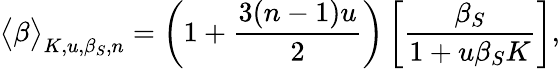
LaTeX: \big<\beta\big>_{K,u,\beta_{S},n}=\left(1+\frac{3(n-1)u}{2}\right)\left[\frac{\beta_{S}}{1+u\beta_{S}K}\right],